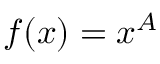
f ( x ) = x ^ { A }